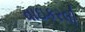
વાઇકરલી